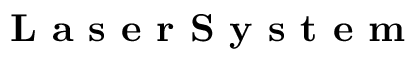
\textbf { L a s e r S y s t e m }